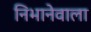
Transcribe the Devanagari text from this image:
निभानेवाला